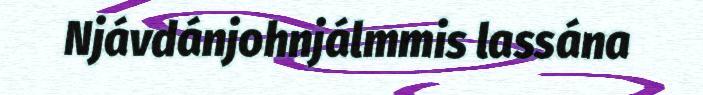
Njávdánjohnjálmmis lassána